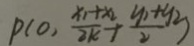
P ( 0 , \frac { x _ { 1 } + x _ { 2 } } { 2 k } + \frac { y _ { 1 } + y _ { 2 } } { 2 } )